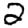
Digit: 2